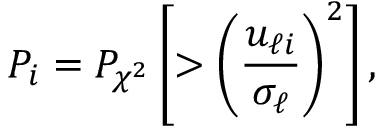
P _ { i } = P _ { \chi ^ { 2 } } \left[ > \left( \frac { u _ { \ell i } } { \sigma _ { \ell } } \right) ^ { 2 } \right] ,